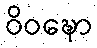
ဝိဝဍ္ဎော